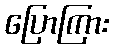
ပြောကြား